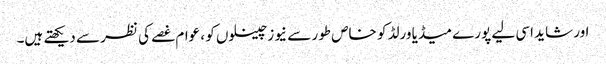
اور شاید اسی لیے پورے میڈیا ورلڈ کو خاص طور سے نیوز چینلوں کو ، عوام غصے کی نظر سے دیکھتے ہیں۔